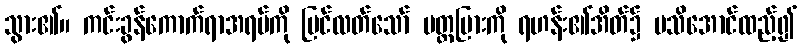
သွား၏။ ကင်းခွန်ကောက်ရာအရပ်ကို မြင်လတ်သော် ပတ္တမြားကို ရဟန်း၏အိတ်၌ မသိအောင်ထည့်၍